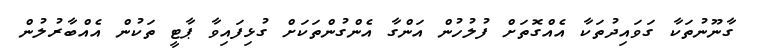
ގާނޫނުތަކާ ގަވައިދުތަކާ އެއްގޮތަށް ފުލުހުން އަންގާ އެންގުންތަކަށް ގުޅިފައިވާ ޕާޓީ ތަކުން އެއްބާރުލުން